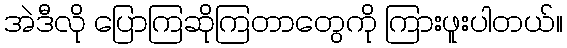
အဲဒီလို ပြောကြဆိုကြတာတွေကို ကြားဖူးပါတယ်။